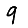
Digit: 9